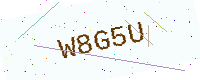
Text: W8G5U